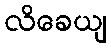
လိခေယျ